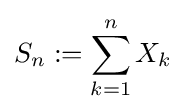
S_{n}:=\sum _{k=1}^{n}X_{k}